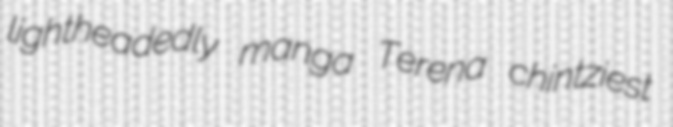
lightheadedly manga Terena chintziest